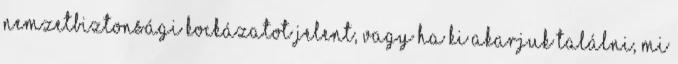
nemzetbiztonsági kockázatot jelent, vagy ha ki akarjuk találni, mi